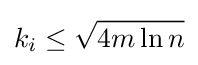
k_{i}\leq {\sqrt {4m\ln n}}